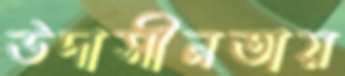
উদাসীনতায়